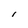
Character: I